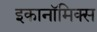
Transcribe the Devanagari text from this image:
इकानॉमिक्स